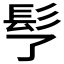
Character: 𩫶